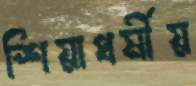
শিয়াধর্মীয়